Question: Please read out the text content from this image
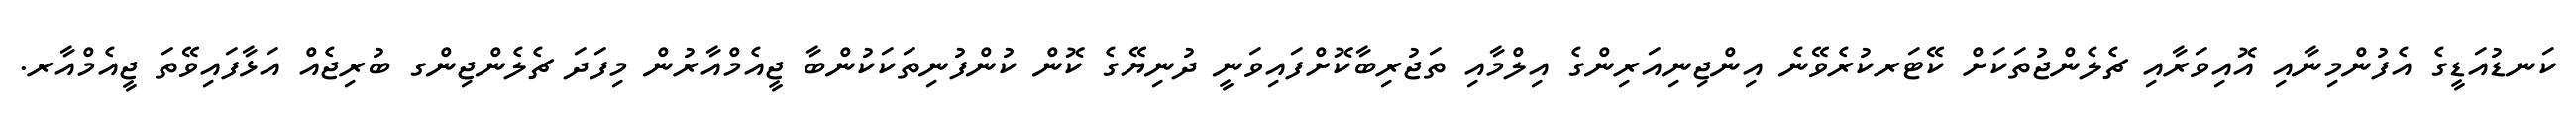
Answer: ކަނޑުއަޑީގެ އެފުންމިނާއި އޮއިވަރާއި ޗެލެންޖުތަކަށް ކޭޓަރކުރެވޭނެ އިންޖިނިއަރިންގެ އިލްމާއި ތަޖުރިބާކޮށްފައިވަނީ ދުނިޔޭގެ ކޮން ކުންފުނިތަކަކުންބާ ޖީއެމްއާރުން މިފަދަ ޗެލެންޖިންގ ބުރިޖެއް އަޅާފައިވޭތަ ޖީއެމްއާރ.